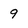
Character: 9